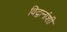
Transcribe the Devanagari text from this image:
विद्वानांशी